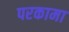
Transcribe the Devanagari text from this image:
परकामा